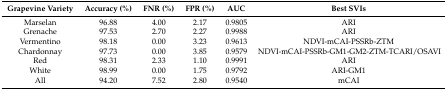
<table><thead><tr><td><b>Grapevine Variety</b></td><td><b>Accuracy (%)</b></td><td><b>FNR (%)</b></td><td><b>FPR (%)</b></td><td><b>AUC</b></td><td><b>Best SVIs</b></td></tr></thead><tbody><tr><td>Marselan</td><td>96.88</td><td>4.00</td><td>2.17</td><td>0.9805</td><td>ARI</td></tr><tr><td>Grenache</td><td>97.53</td><td>2.70</td><td>2.27</td><td>0.9988</td><td>ARI</td></tr><tr><td>Vermentino</td><td>98.18</td><td>0.00</td><td>3.23</td><td>0.9613</td><td>NDVI-mCAI-PSSRb-ZTM</td></tr><tr><td>Chardonnay</td><td>97.73</td><td>0.00</td><td>3.85</td><td>0.9579</td><td>NDVI-mCAI-PSSRb-GM1-GM2-ZTM-TCARI/OSAVI</td></tr><tr><td>Red</td><td>98.31</td><td>2.33</td><td>1.10</td><td>0.9991</td><td>ARI</td></tr><tr><td>White</td><td>98.99</td><td>0.00</td><td>1.75</td><td>0.9792</td><td>ARI-GM1</td></tr><tr><td>All</td><td>94.20</td><td>7.52</td><td>2.80</td><td>0.9540</td><td>mCAI</td></tr></tbody></table>